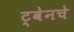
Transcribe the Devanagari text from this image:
ट्वेनचे